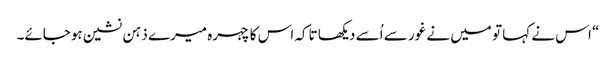
“ اس نے کہا تو میں نے غور سے اُسے دیکھا تاکہ اس کا چہرہ میرے ذہن نشین ہوجائے۔